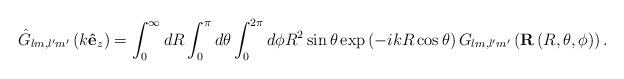
LaTeX: \begin{align*}\hat{G}_{lm,l^{\prime}m^{\prime}}\left( k\mathbf{\hat{e}}_{z}\right)=\int_{0}^{\infty}dR\int_{0}^{\pi}d\theta\int_{0}^{2\pi}d\phi R^{2}\sin\theta\exp\left( -ikR\cos\theta\right) G_{lm,l^{\prime}m^{\prime}}\left(\mathbf{R}\left( R,\theta,\phi\right) \right) .\end{align*}